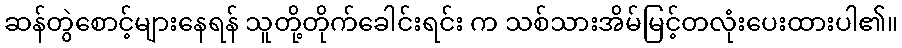
ဆန်တွဲစောင့်များနေရန် သူတို့တိုက်ခေါင်းရင်း က သစ်သားအိမ်မြင့်တလုံးပေးထားပါ၏။